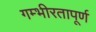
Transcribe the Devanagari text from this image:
गम्भीरतापूर्ण